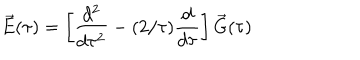
LaTeX: \vec { E } ( \tau ) = \left[ { \frac { d ^ { 2 } } { d \tau ^ { 2 } } } - ( 2 / \tau ) { \frac { d } { d \tau } } \right] \vec { G } ( \tau )